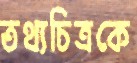
তথ্যচিত্রকে